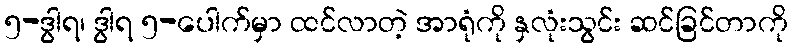
၅-ဒွါရ၊ ဒွါရ ၅-ပေါက်မှာ ထင်လာတဲ့ အာရုံကို နှလုံးသွင်း ဆင်ခြင်တာကို